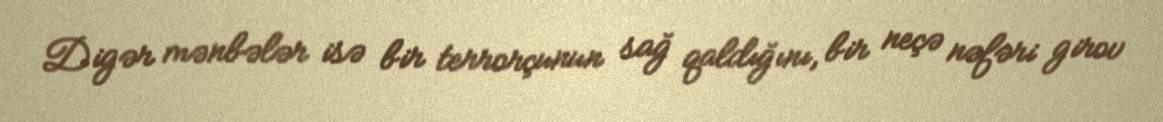
Digər mənbələr isə bir terrorçunun sağ qaldığını, bir neçə nəfəri girov